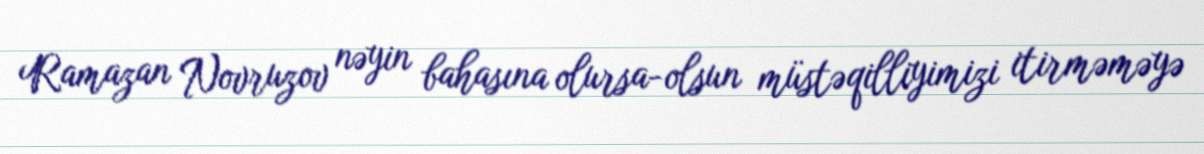
Ramazan Novruzov nəyin bahasına olursa-olsun müstəqilliyimizi itirməməyə